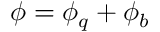
\phi = \phi _ { q } + \phi _ { b }